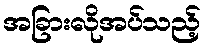
အခြားလိုအပ်သည့်